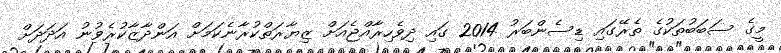
މީގެ ސަބަބުތަކުގެ ތެރޭގައި ޑިސެންބަރު 2014 ގައި ދިވެހިރާއްޖެއަށް ޒިޔާރަތްކުރާނެކަމަށް އަންދާޒާކުރެވުނު އަދަދަށް